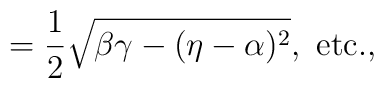
=\frac{1}{2}\sqrt{\beta\gamma-(\eta-\alpha)^2},\ \textrm{etc.,}